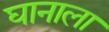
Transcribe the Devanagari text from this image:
घानाला